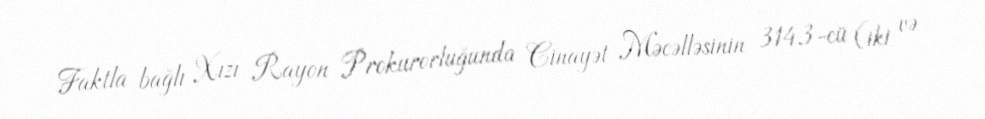
Faktla bağlı Xızı Rayon Prokurorluğunda Cinayət Məcəlləsinin 314.3-cü (iki və